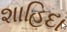
શાહિદા